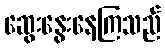
ဆွေးနွေးနေကြသည်